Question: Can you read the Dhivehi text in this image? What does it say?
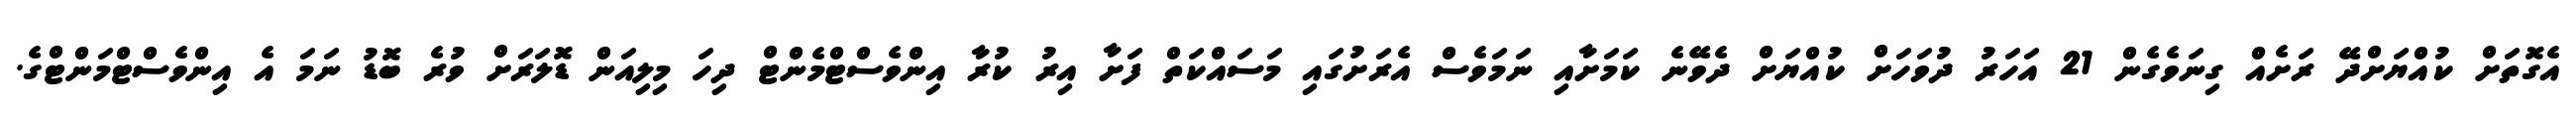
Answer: އެގޮތަށް ކުއްޔަށްދޭ ރަށެއް ގިނަވެގެން 21 އަހަރު ދުވަހަށް ކުއްޔަށް ދެވޭނެ ކަމަށާއި ނަމަވެސް އެރަށުގައި މަސައްކަތް ފަށާ އިރު ކުރާ އިންވެސްޓްމެންޓް ދިހަ މިލިއަން ޑޮލަރަށް ވުރެ ބޮޑު ނަމަ އެ އިންވެސްޓްމަންޓްގެ.